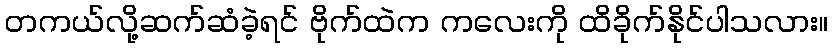
တကယ်လို့ဆက်ဆံခဲ့ရင် ဗိုက်ထဲက ကလေးကို ထိခိုက်နိုင်ပါသလား။